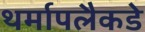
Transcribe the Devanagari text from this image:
थर्मापलैकडे